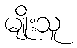
မျိုးသူ